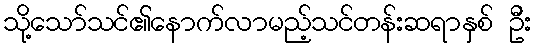
သို့သော်သင်၏နောက်လာမည့်သင်တန်းဆရာနှစ် ဦး